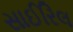
સાઈરિલ